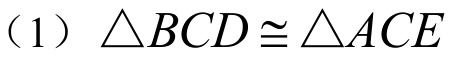
（1）\(\triangle BCD\cong\triangle ACE\)